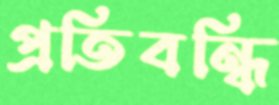
প্রতিবন্ধি